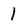
Character: 1